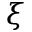
\xi